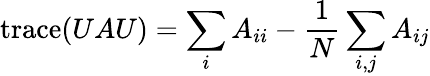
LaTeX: \mathrm{trace}(UAU)=\sum_{i}{A_{ii}}-\frac{1}{N}\sum_{i,j}{A_{ij}}